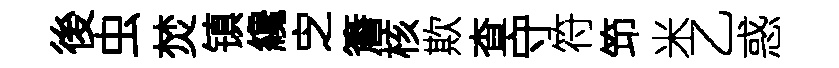
後虫焚镇纔㝎簷核欺查守符笻米乙惑